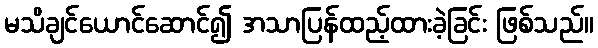
မသိချင်ယောင်ဆောင်၍ အသာပြန်ထည့်ထားခဲ့ခြင်း ဖြစ်သည်။